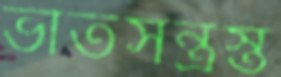
ভীতসন্ত্রস্ত